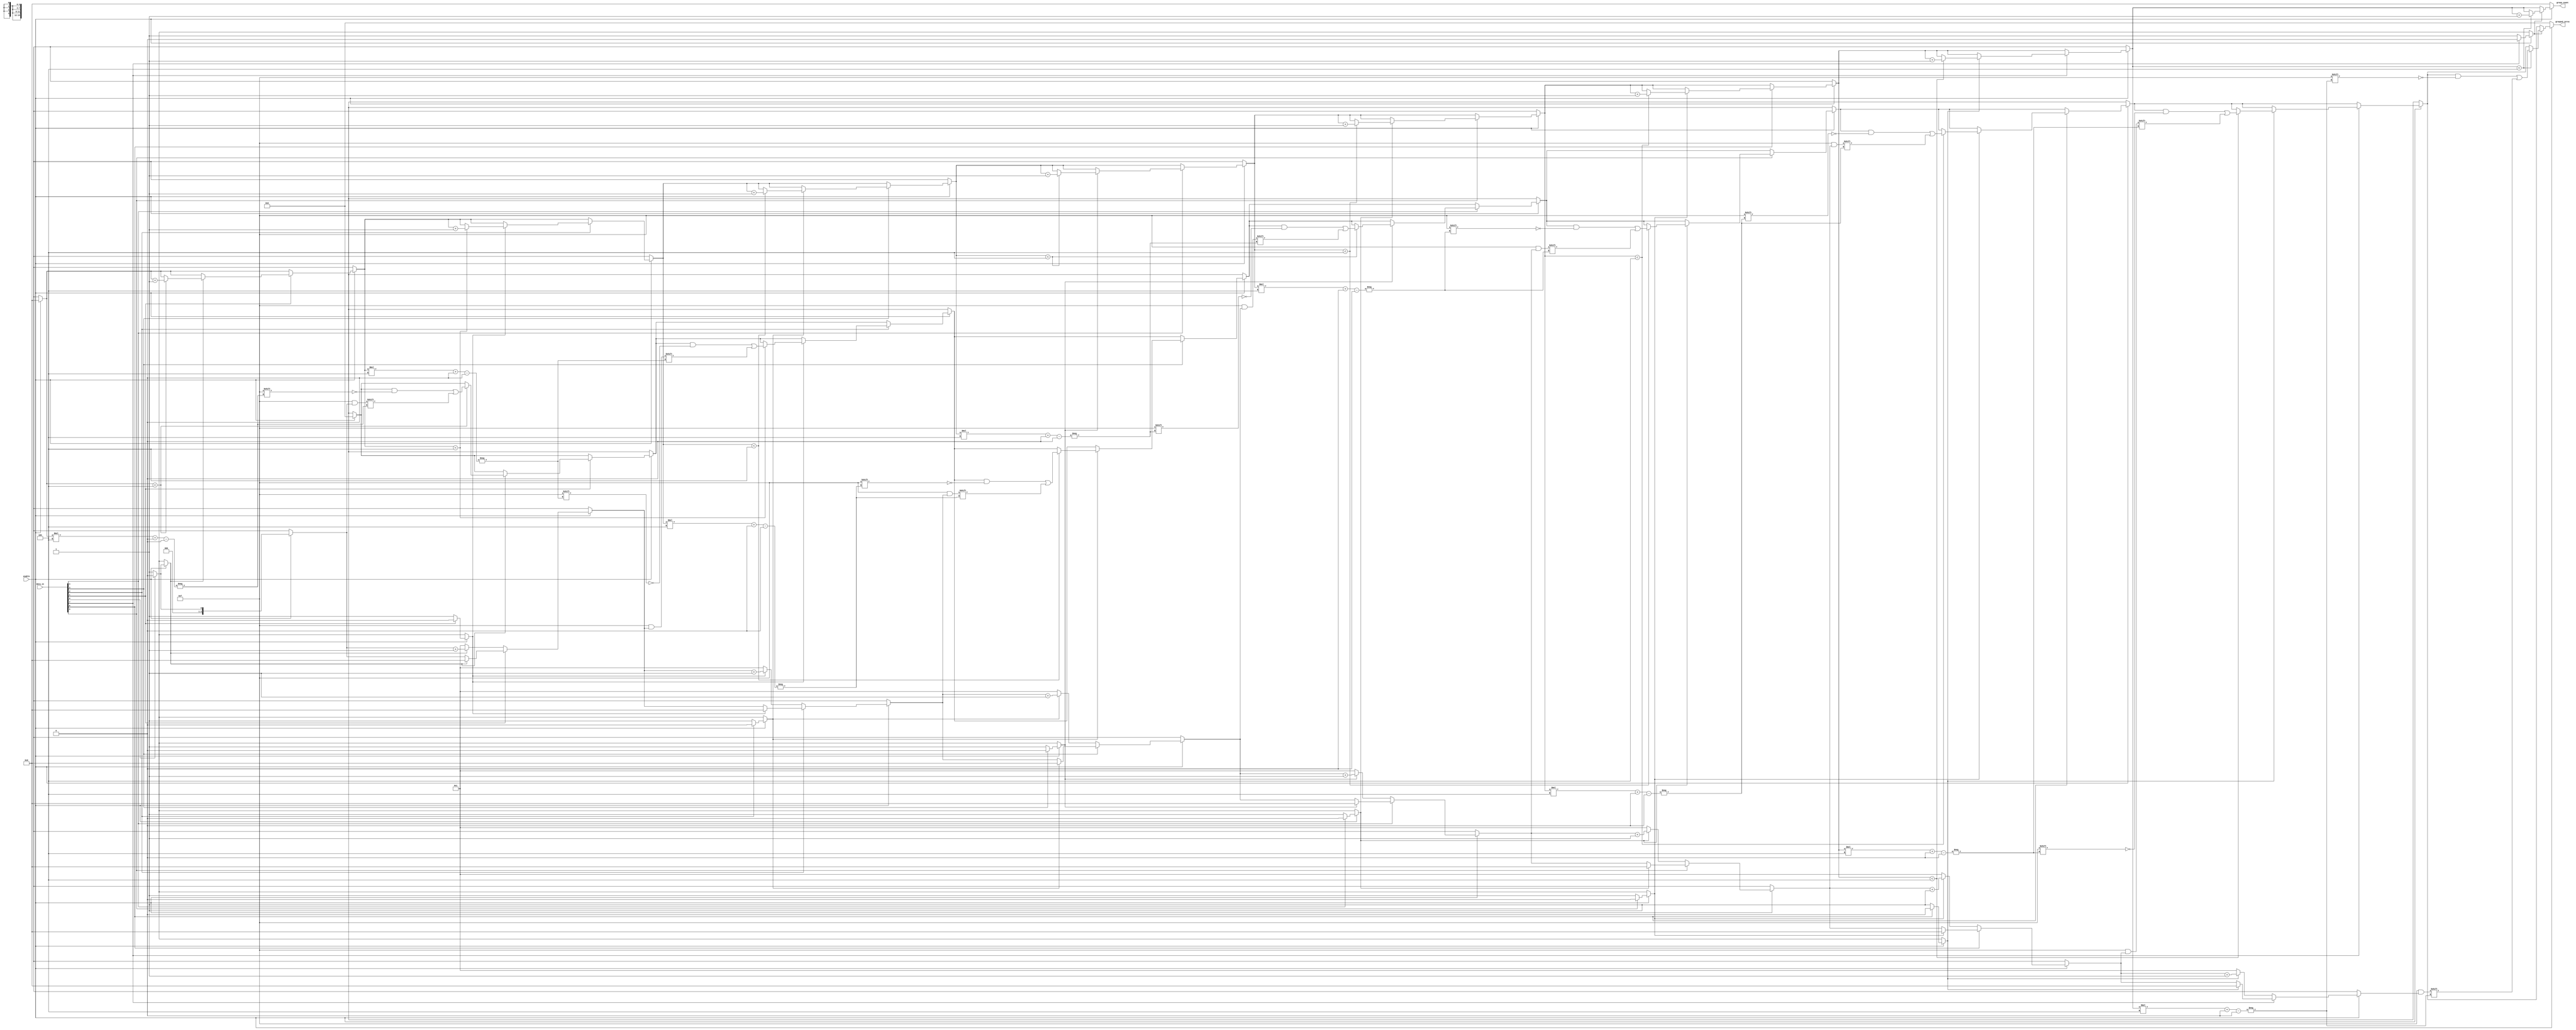
module GroupZeros #(
    parameter n = 8,  // Width of the input signal
    parameter m = 16  // Width of the output signal (for grouped zeros)
)(
    input wire [n-1:0] data_in,   // Binary input vector
    input wire enable,              // Control signal to enable grouping
    output reg [m-1:0] grouped_zeros, // Output for grouped zeros
    output reg [3:0] group_count    // Count of groups
);

    integer i;
    reg [3:0] zero_length;
    reg in_zero_group;

    always @(*) begin
        // Initialize outputs
        grouped_zeros = 0;
        group_count = 0;
        zero_length = 0;
        in_zero_group = 0;

        if (enable) begin
            for (i = 0; i < n; i = i + 1) begin
                if (data_in[i] == 0) begin
                    // If we are in a zero group, increment the length
                    if (in_zero_group) begin
                        zero_length = zero_length + 1;
                    end else begin
                        // Start a new zero group
                        in_zero_group = 1;
                        zero_length = 1;
                    end
                end else begin
                    // If we encounter a one and were in a zero group
                    if (in_zero_group) begin
                        // Store the length of the zero group
                        if (group_count < (m / 4)) begin // Ensure we don't overflow output
                            grouped_zeros[group_count * 4 +: 4] = zero_length;
                            group_count = group_count + 1;
                        end
                        // Reset zero length and group state
                        in_zero_group = 0;
                        zero_length = 0;
                    end
                end
            end
            
            // Handle case where input ends with a zero group
            if (in_zero_group) begin
                if (group_count < (m / 4)) begin // Ensure we don't overflow output
                    grouped_zeros[group_count * 4 +: 4] = zero_length;
                    group_count = group_count + 1;
                end
            end
        end
    end
endmodule